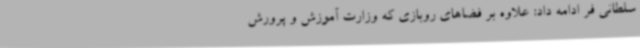
سلطانی فر ادامه داد: علاوه بر فضاهای روبازی که وزارت آموزش و پرورش